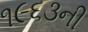
૧૯૬૩ની